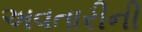
અવતારીની